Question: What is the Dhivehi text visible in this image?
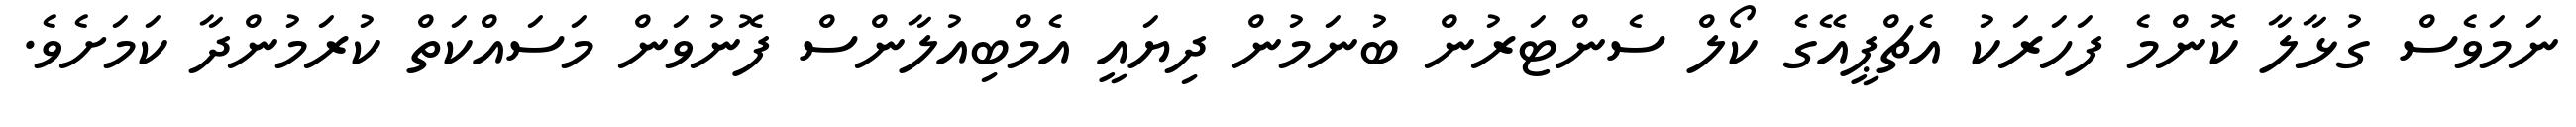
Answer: ނަމަވެސް ގުޅާލާ ކޮންމެ ފަހަރަކު އެޗްޕީއޭގެ ކޯލް ސެންޓަރުން ބުނަމުން ދިޔައީ އެމްބިއުލާންސް ފޮނުވަން މަސައްކަތް ކުރަމުންދާ ކަމަށެވެ.